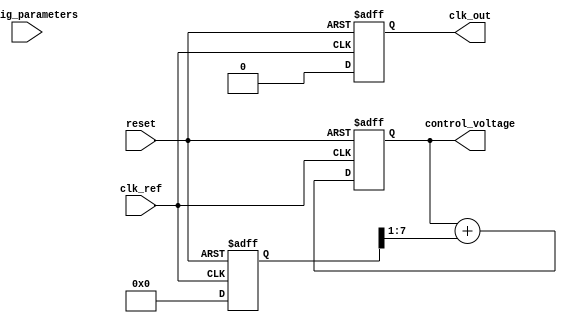
module MemoryBlocksFractionalPLL (
    input wire clk_ref,                   // Reference clock input
    input wire reset,                     // Reset signal
    output wire clk_out,                  // Output clock
    output wire [7:0] control_voltage,    // Control voltage output for the VCO
    input wire [15:0] config_parameters    // Configuration parameters for fractional division
);

    // Parameters
    parameter N = 8;                      // Number of bits for fractional division
    parameter M = 16;                     // Number of bits for control voltage

    // Internal signals
    reg [N-1:0] phase_error;              // Phase error signal
    reg [N-1:0] control_signal;            // Control signal to loop filter
    reg [M-1:0] vco_output;                // Output from the VCO
    reg [N-1:0] feedback_divider;          // Feedback divider value
    reg [N-1:0] fractional_divider;        // Fractional divider control
    wire pd_output;                        // Phase detector output
    wire vco_clk;                          // VCO clock output

    // Phase Detector
    always @(posedge clk_ref or posedge reset) begin
        if (reset) begin
            phase_error <= 0;
        end else begin
            // Compare reference clock phase with feedback clock phase
            // (This is a placeholder; actual phase detection logic needed)
            phase_error <= /* Phase comparison logic */ 0; // Implement phase detection here
        end
    end

    // Loop Filter (Simple RC Filter Approximation)
    always @(posedge clk_ref or posedge reset) begin
        if (reset) begin
            control_signal <= 0;
        end else begin
            // Low-pass filter to smooth phase error signal
            control_signal <= control_signal + (phase_error >> 1); // Simple integration
        end
    end

    // Voltage-Controlled Oscillator (VCO)
    always @(posedge clk_ref or posedge reset) begin
        if (reset) begin
            vco_output <= 0;
        end else begin
            // Adjusting frequency based on control voltage
            // (This is a placeholder; actual VCO logic needed)
            vco_output <= /* VCO output logic based on control_signal */ 0; // Implement VCO logic here
        end
    end

    // Fractional-N Divider
    always @(posedge vco_clk or posedge reset) begin
        if (reset) begin
            feedback_divider <= 0;
        end else begin
            // Implement fractional division logic using the delta-sigma modulator
            feedback_divider <= (vco_output >> fractional_divider); // Placeholder logic
        end
    end

    // Memory Blocks for Configuration
    always @(posedge clk_ref or posedge reset) begin
        if (reset) begin
            fractional_divider <= 0;
        end else begin
            // Load configuration parameters into fractional divider
            fractional_divider <= config_parameters[N-1:0]; // Assuming lower N bits are used for fractional part
        end
    end

    // Feedback Path
    assign clk_out = vco_output; // Connect VCO output to output clock
    assign control_voltage = control_signal; // Control voltage output

endmodule